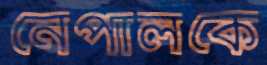
নেপালকে